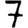
Digit: 7